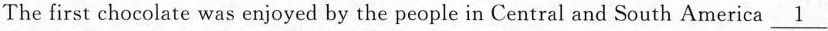
The first chocolate was enjoyed by the people in Central and South America\underline{1}